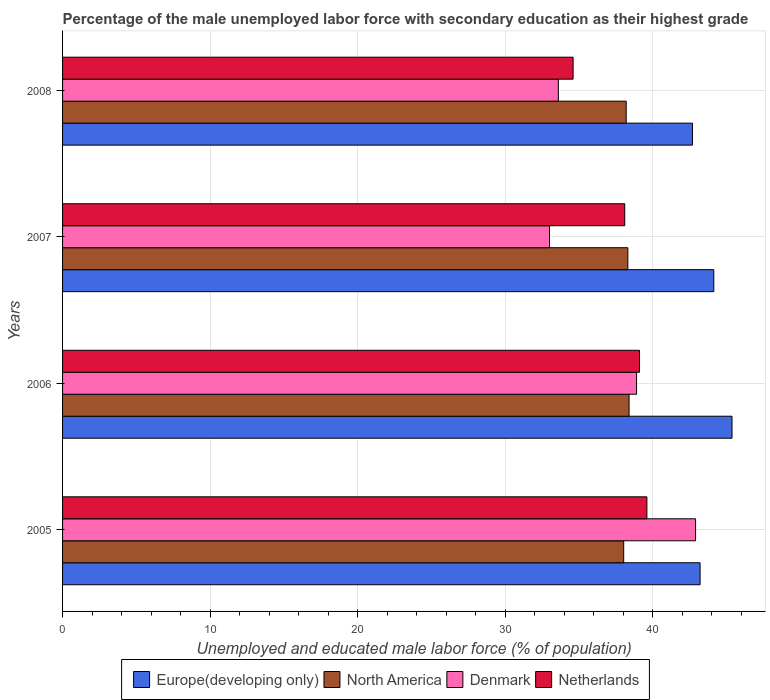
| Years | Europe(developing only) | North America | Denmark | Netherlands |
 | --- | --- | --- | --- | --- |
 | 2005 | 43.2 | 38 | 42.9 | 39.6 |
 | 2006 | 45.4 | 38.4 | 38.9 | 39.1 |
 | 2007 | 44.1 | 38.3 | 33 | 38.1 |
 | 2008 | 42.7 | 38.2 | 33.6 | 34.6 |